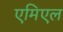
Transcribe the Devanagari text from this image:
एमिएल